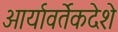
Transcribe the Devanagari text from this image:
आर्यावर्तेकदेशे